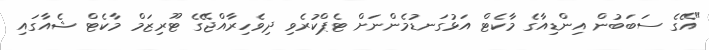
"އޭގެ ސަބަބުން އިންޑިއާގެ މާކެޓް އަޅުގަނޑުމެންނަށް ޓެޕްކުރެވި ދިވެހިރާއްޖޭގެ ޓޫރިޒަމް މާކެޓް ޝެއާގައި